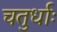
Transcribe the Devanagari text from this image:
चतुर्धाः